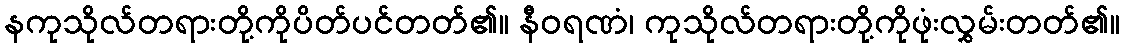
နကုသိုလ်တရားတို့ကိုပိတ်ပင်တတ်၏။ နီဝရဏံ၊ ကုသိုလ်တရားတို့ကိုဖုံးလွှမ်းတတ်၏။